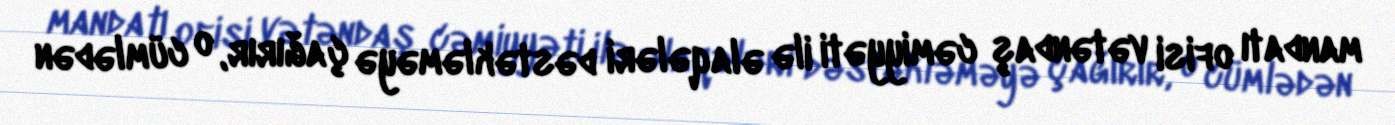
mandatı ofisi vətəndaş cəmiyyəti ilə əlaqələri dəstəkləməyə çağırır, o cümlədən